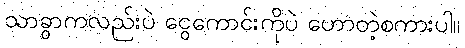
သာခွာကလည်းပဲ ငွေကောင်းကိုပဲ ဟောတဲ့စကားပါ။